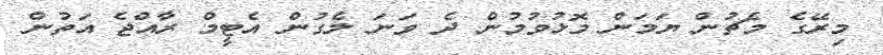
މިރޭގެ މެޗުން ޔަމަން މޮޅުވުމުން ދެ ވަނަ ލެގުން އެޓީމް ރާއްޖެ އަތުން